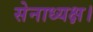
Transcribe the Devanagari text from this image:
सेनाध्यक्ष।